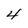
Character: 4